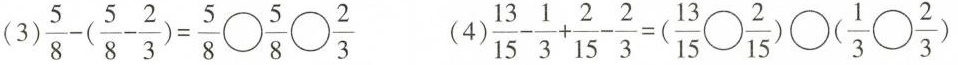
(3)$$ \frac { 5 }{ 8 } - ( \frac { 5 }{ 8 } - \frac { 2 }{ 3 } ) = \frac { 5 }{ 8